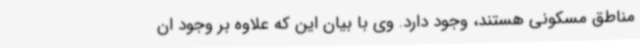
مناطق مسکونی هستند، وجود دارد. وی با بیان این که علاوه بر وجود ان